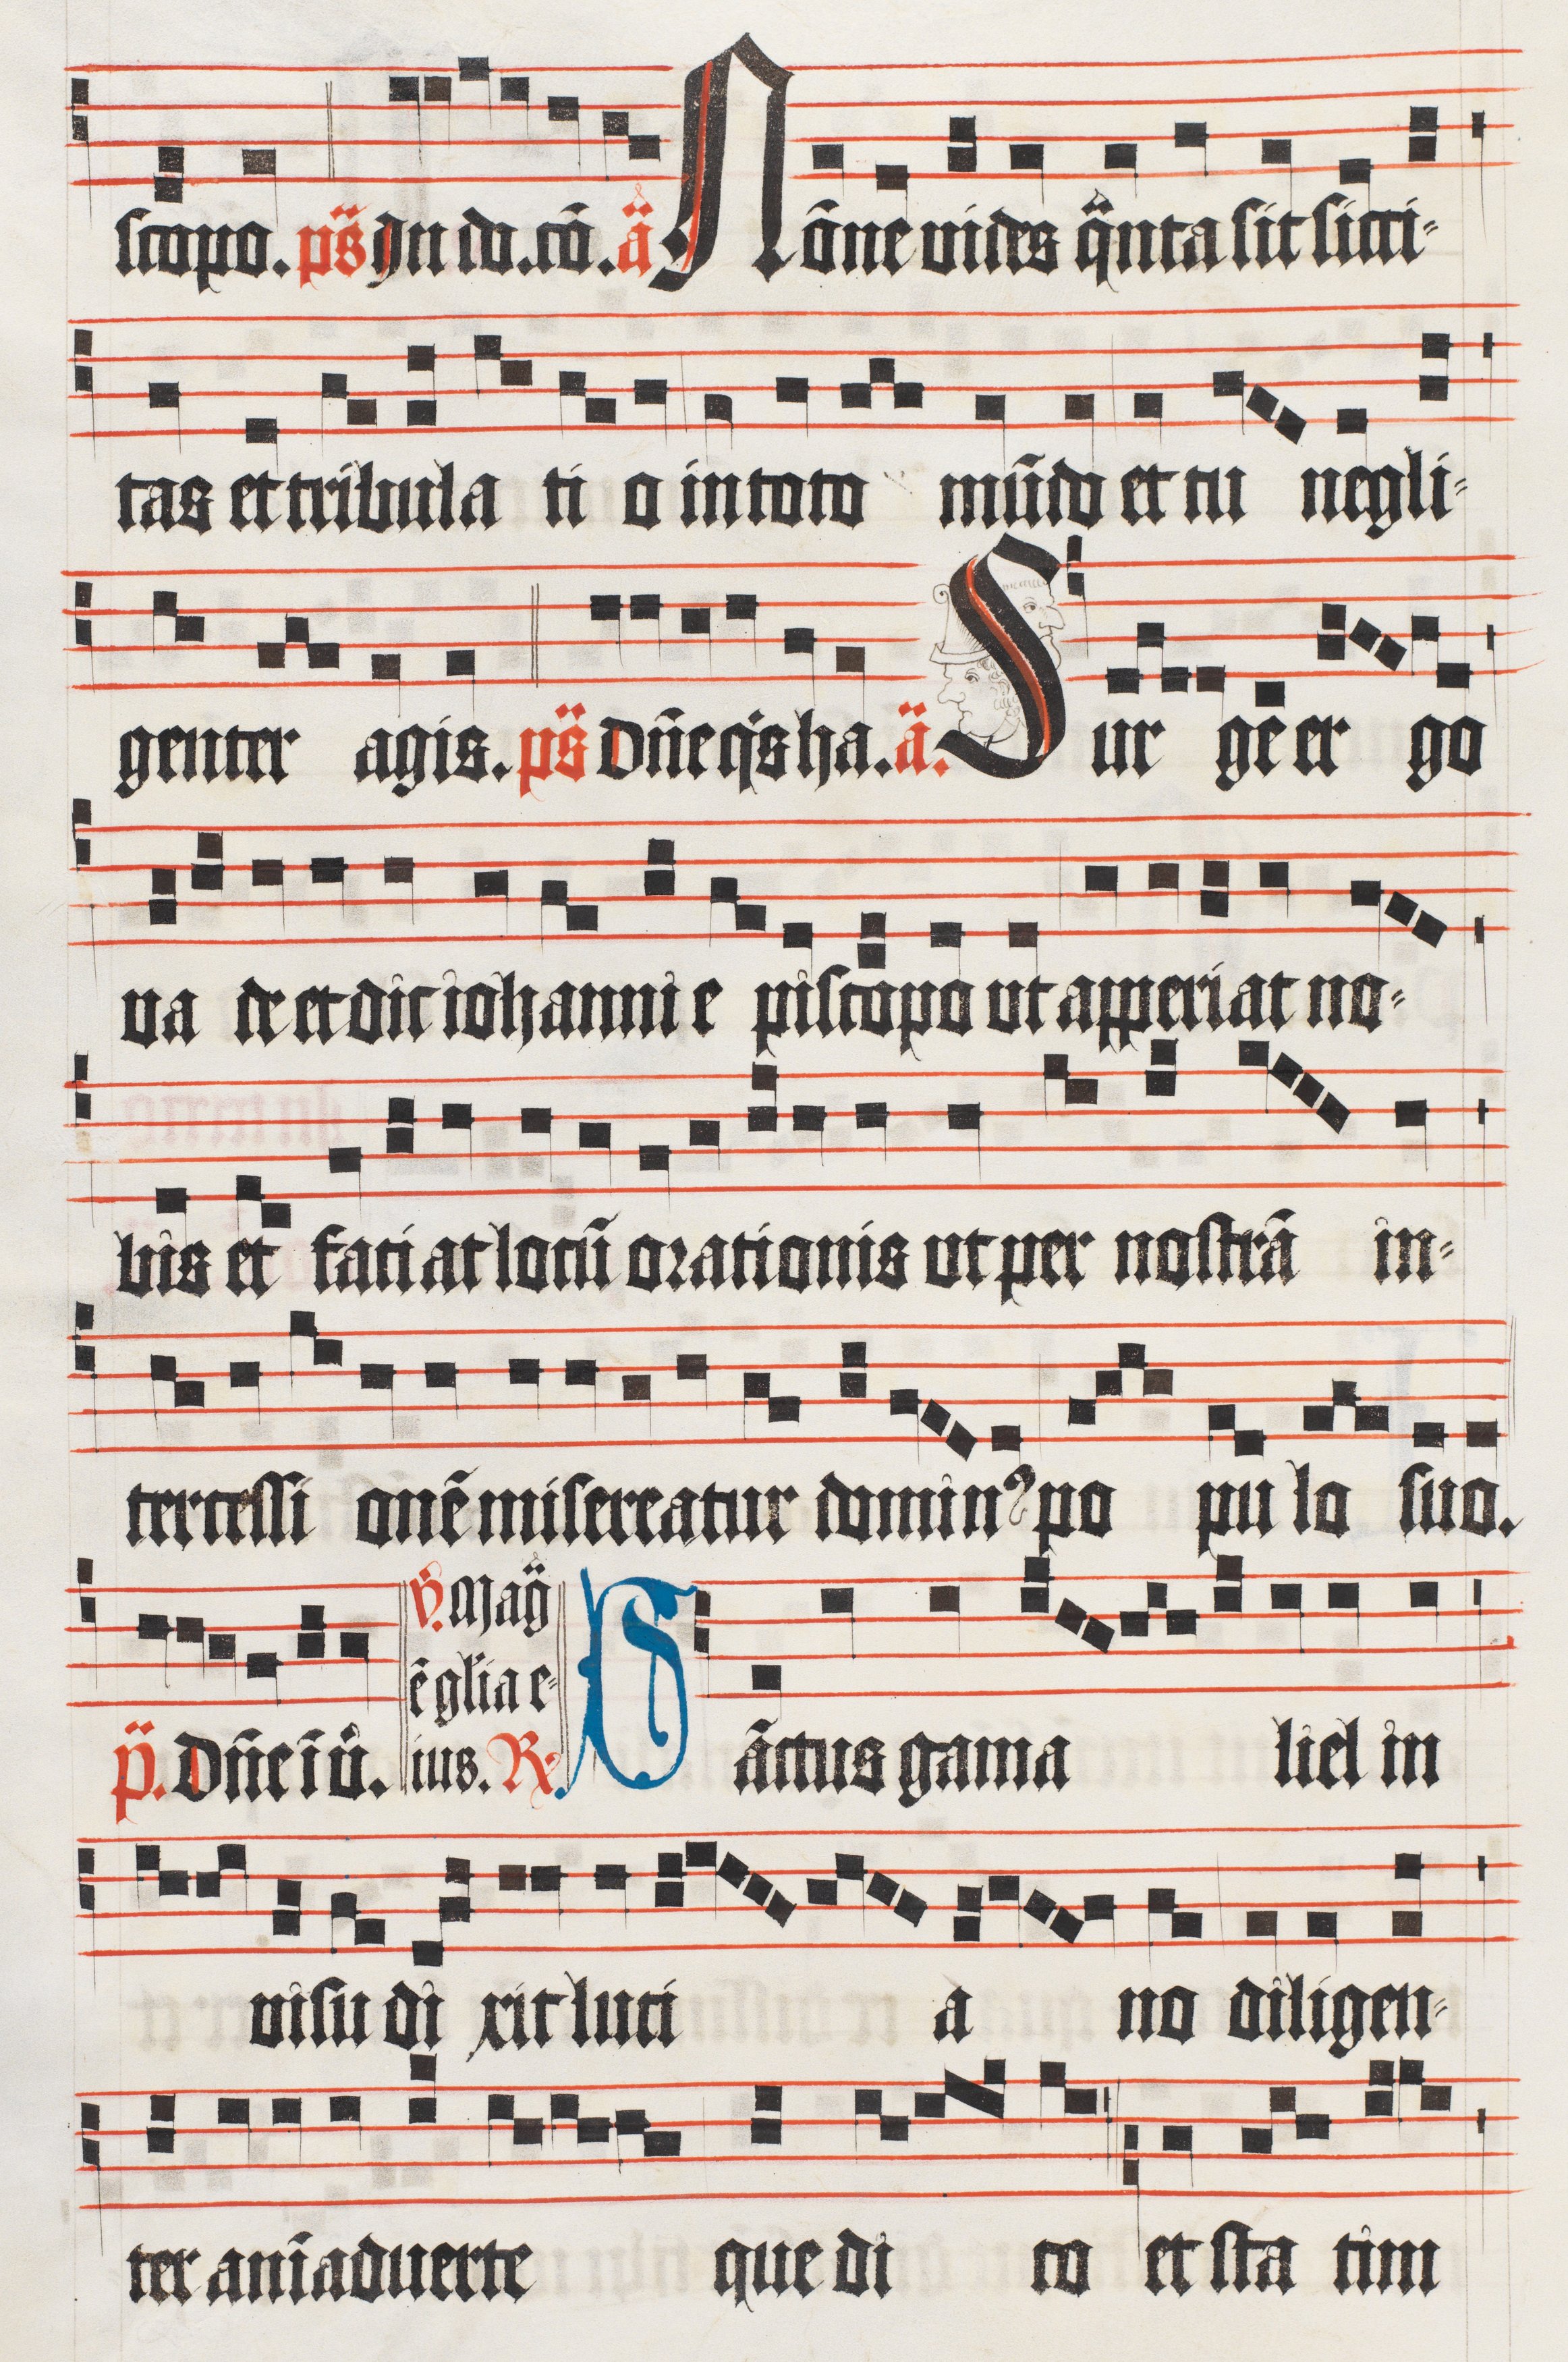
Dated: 1510–1517